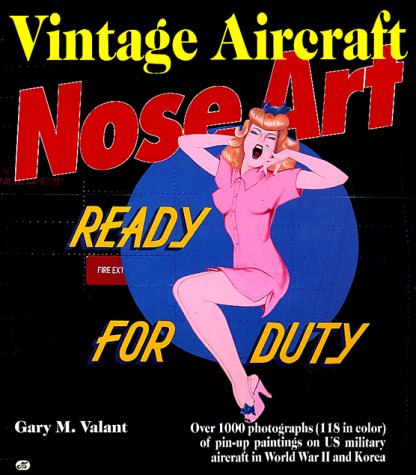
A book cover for Vintage Aircraft Nose Art: Over 1000 Photographs of Pin-Up Paintings on USA Military Aircraft in World War 2 and Korea; Gary M. Valant; Arts & Photography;